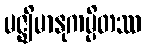
မဇ္ဈိမာနုကမ္ပိတဿ